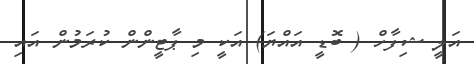
އަލީ ޝިފާހް ( ބޮޑީ އައްޔަ) އަކީ މި ޕާޓީންން ކުރަމުން އައި